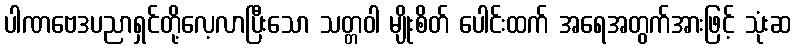
ပါဏဗေဒပညာရှင်တို့လေ့လာပြီးသော သတ္တဝါ မျိုးစိတ် ပေါင်းထက် အရေအတွက်အားဖြင့် သုံးဆ